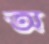
অ